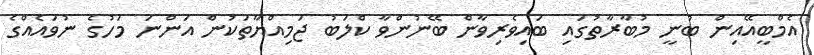
އެމްބީއޭއިން ބުނީ މުބާރާތުގައި ބައިވެރިވާން ބޭނުންވާ ކްލަބު ޖަމިއްޔާތަކުން އަންނަ މަހުގެ ނުވައެއްގެ